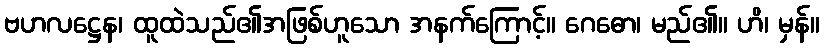
ဗဟလဋ္ဌေန၊ ထူထဲသည်၏အဖြစ်ဟူသော အနက်ကြောင့်။ ဂေဓော၊ မည်၏။ ဟိ၊ မှန်။